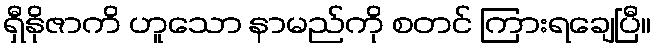
ရှီနိုဇာကိ ဟူသော နာမည်ကို စတင် ကြားရချေပြီ။